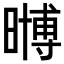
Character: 𭧧